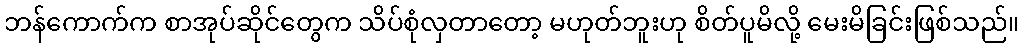
ဘန်ကောက်က စာအုပ်ဆိုင်တွေက သိပ်စုံလှတာတော့ မဟုတ်ဘူးဟု စိတ်ပူမိလို့ မေးမိခြင်းဖြစ်သည်။